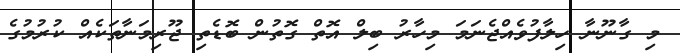
މި ގާނޫނާ ހިލާފުވެއްޖެނަމަ މިހާރު ބިލް އޮތް ގޮތުން ބޮޑެތި ޖޫރިމަނާތަކެއް ކުރުމުގެ